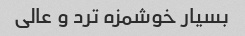
بسیار خوشمزه ترد و عالی